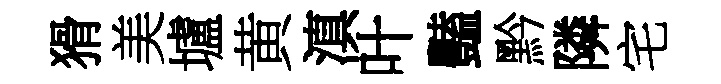
猾美壚黄滇叶豔黔隣宅